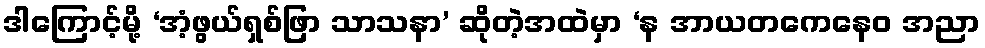
ဒါကြောင့်မို့ ‘အံ့ဖွယ်ရှစ်ဖြာ သာသနာ’ ဆိုတဲ့အထဲမှာ ‘န အာယတကေနေဝ အညာ